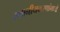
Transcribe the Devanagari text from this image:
स्थानीयकरणांमध्ये